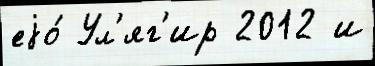
еjо́ Ул'яг'ир 2012 и